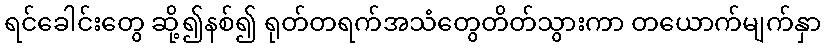
ရင်ခေါင်းတွေ ဆို့၍နစ်၍ ရုတ်တရက်အသံတွေတိတ်သွားကာ တယောက်မျက်နှာ